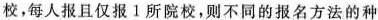
校，每人报且仅报1所院校，则不同的报名方法的种